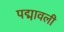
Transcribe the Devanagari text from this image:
पद्मावली